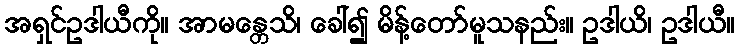
အရှင်ဥဒါယီကို။ အာမန္တေသိ၊ ခေါ်၍ မိန့်တော်မူသနည်း။ ဥဒါယိ၊ ဥဒါယီ။